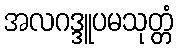
အလဂဒ္ဒူပမသုတ္တံ